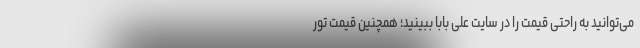
می‌توانید به راحتی قیمت را در سایت علی بابا ببینید؛ همچنین قیمت تور